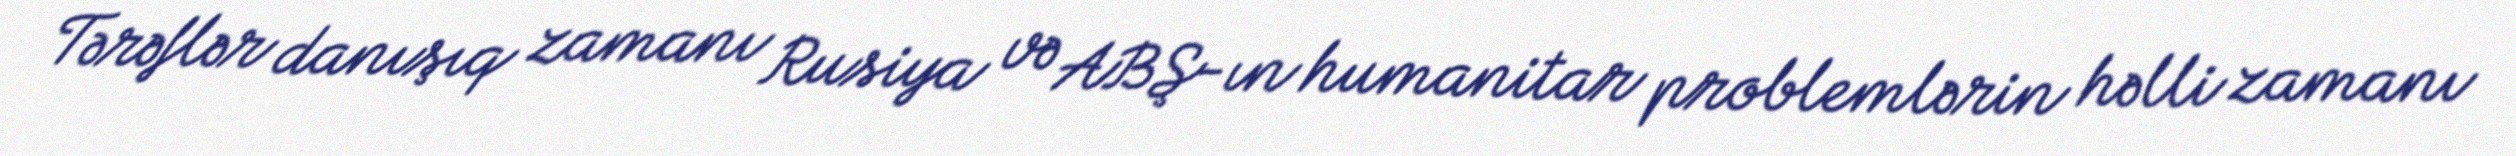
Tərəflər danışıq zamanı Rusiya və ABŞ-ın humanitar problemlərin həlli zamanı